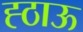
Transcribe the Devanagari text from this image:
ह्ठाऊ